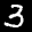
Label: 3